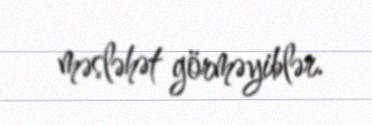
məsləhət görməyiblər.